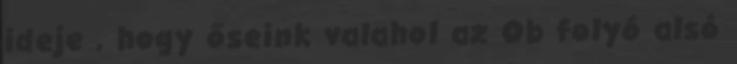
ideje , hogy őseink valahol az Ob folyó alsó